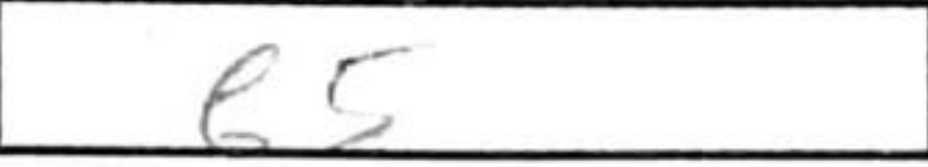
Transcription: b5